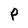
Character: P